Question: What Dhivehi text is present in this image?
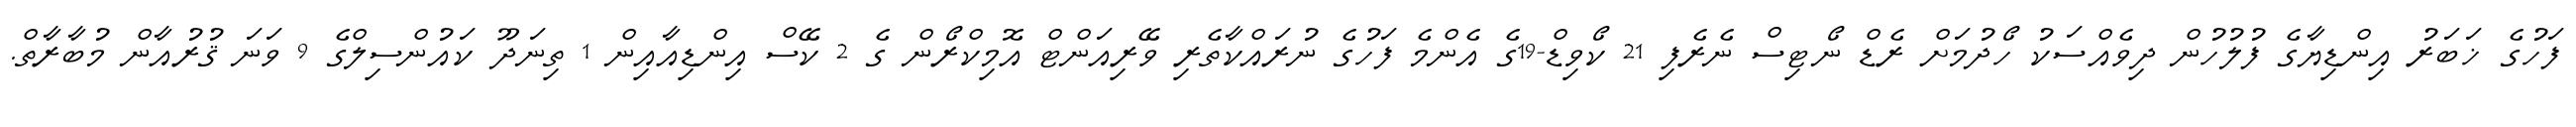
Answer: ފަހުގެ ޚަބަރު އިންޑިޔާގެ ފުލުހުން ދިވެއްސަކު ހޯދުމަށް ރެޑް ނޯޓިސް ނެރެފި 21 ކޯވިޑް-19ގެ އެންމެ ފަހުގެ ނުރައްކާތެރި ވޭރިއަންޓް އޮމިކްރޯން ގެ 2 ކޭސް އިންޑިއާއިން 1 ތިނަދޫ ކައުންސިލްގެ 9 ވަނަ ޤުރުއާން މުބާރާތް.